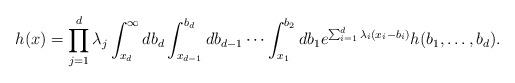
LaTeX: \begin{align*} h(x) = \prod_{j=1}^d \lambda_j \int_{x_d}^\infty db_d \int_{x_{d-1}}^{b_{d}} db_{d-1} \cdots \int_{x_1}^{b_{2}} db_1 e^{\sum_{i=1}^d \lambda_i (x_i - b_i)} h(b_1,\ldots,b_d).\end{align*}